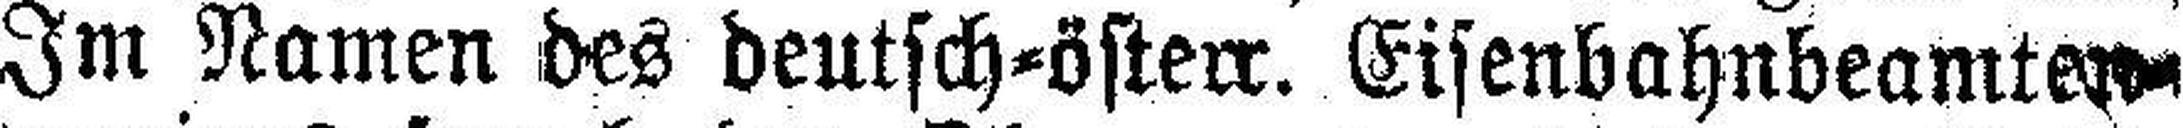
Im Namen des deutsch=österr. Eisenbahnbeamters¬